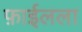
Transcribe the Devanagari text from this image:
फ़ाईलला